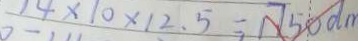
1 4 \times 1 0 \times 1 2 . 5 = 1 7 5 0 d m